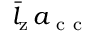
\bar { l } _ { \mathrm { z } } \, a _ { \mathrm { ~ c ~ c ~ } }